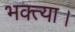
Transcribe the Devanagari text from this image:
भक्त्या।